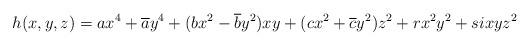
LaTeX: \begin{align*} h(x,y,z) = ax^4 + \overline{a}y^4 + (bx^2 - \overline{b}y^2) x y + (cx^2 + \overline{c}y^2)z^2 + rx^2y^2 + sixyz^2\end{align*}